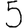
Digit: 5